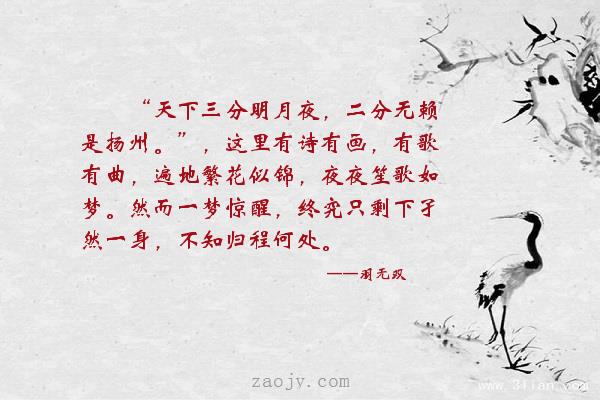
天下三分明月夜，二分无赖是扬州。